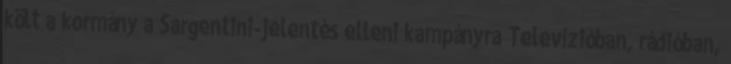
költ a kormány a Sargentini-jelentés elleni kampányra Televízióban, rádióban,